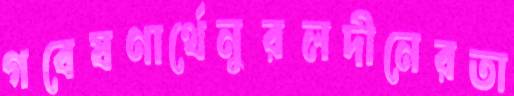
গবেষণার্থেনুরলদীনেরতা